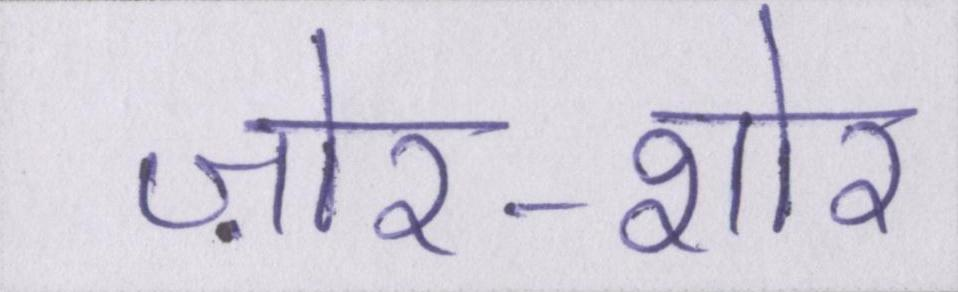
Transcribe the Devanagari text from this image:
ज़ोर-शोर